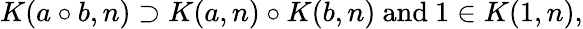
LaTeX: K(a\circ b,n)\supset K(a,n)\circ K(b,n){\mathrm{~and~}}1\in K(1,n),